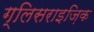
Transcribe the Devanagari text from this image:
ग्लिसराइज़िक